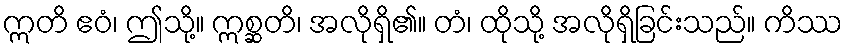
ဣတိ ဧဝံ၊ ဤသို့။ ဣစ္ဆတိ၊ အလိုရှိ၏။ တံ၊ ထိုသို့ အလိုရှိခြင်းသည်။ ကိဿ